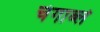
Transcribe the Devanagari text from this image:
चंगाब्ले